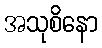
အသုစိနော